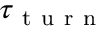
\tau _ { \mathrm { ~ t ~ u ~ r ~ n ~ } }